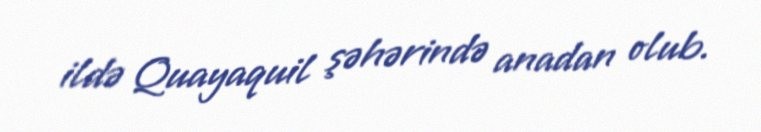
ildə Quayaquil şəhərində anadan olub.